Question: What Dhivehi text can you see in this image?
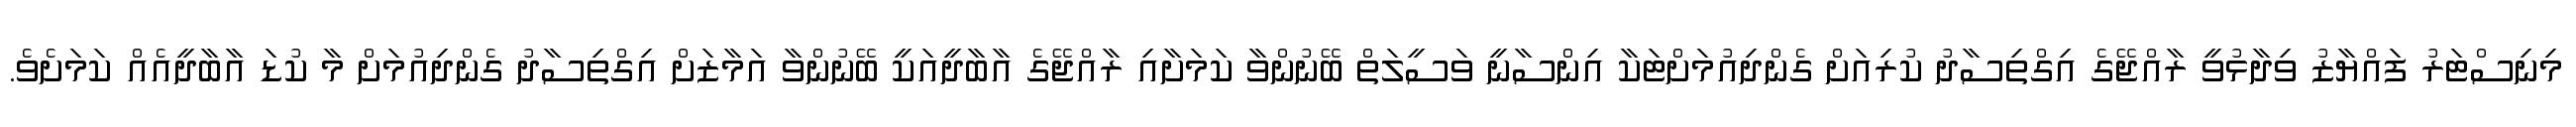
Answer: މިނިސްޓަރު ފައްޔާޒު ވިދާޅުވީ ރާއްޖޭގެ އިގްތިސާދު ކުރިއަށް ގެންދިއުމަށްޓަކާ އިންސާނީ ވަސީލަތް ބޭނުންވާ ކަމަށާއި ރާއްޖޭގެ އާބާދީއަކީ ބޭނުންވާ އަމާޒަށް އިގްތިސާދު ގެންދިއުމަށް މާ ކުޑަ އާބާދީއެއް ކަމަށެވެ.